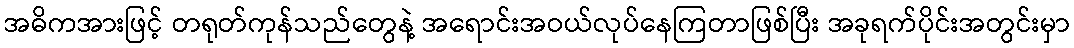
အဓိကအားဖြင့် တရုတ်ကုန်သည်တွေနဲ့ အရောင်းအဝယ်လုပ်နေကြတာဖြစ်ပြီး အခုရက်ပိုင်းအတွင်းမှာ